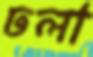
ঢলা